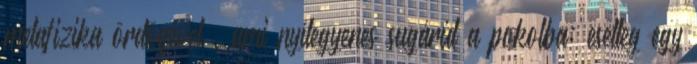
metafizi­ka ördögével”, ami nyílegyenes sugárút a pokolba; esetleg egy